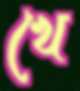
খে